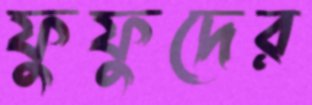
ফুফুদের